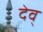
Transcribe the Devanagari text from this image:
देव्